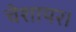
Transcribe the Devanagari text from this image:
चेशायर।